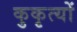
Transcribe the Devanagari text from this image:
कुकृत्‍यों